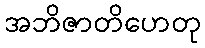
အဘိဇာတိဟေတု